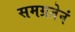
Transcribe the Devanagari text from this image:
समग्रतेनं